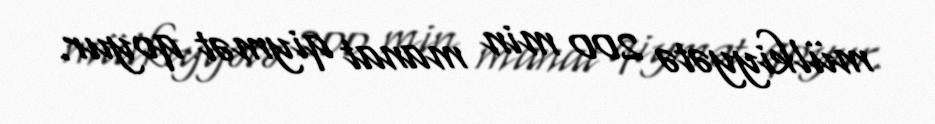
mülkiyyətə 200 min manat qiymət qoyur.